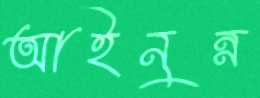
আইনুন্ন